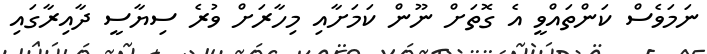
ނަމަވެސް ކަންތައްވީ އެ ގޮތަށް ނޫން ކަމަށާއި މިހާރަށް ވުރެ ސިޔާސީ ދާއިރާގައި